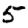
Digit: 5